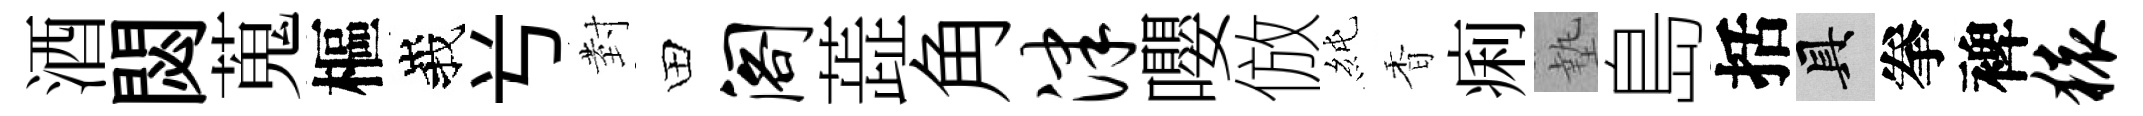
酒閟蒐樞峩𠔃𭔹田阁蕋角津嚶倣純香痢墊島括具拳裨猿